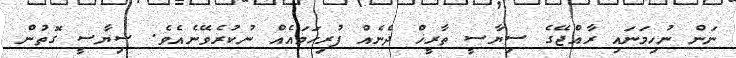
ނަން ނުހިމަނައި ރާއްޖޭގެ ސިޔާސީ ތާރީޚް ދެނެއް ފުރިހަމައެއް ނުކުރެވޭނެއެވެ. ސިޔާސީ ގޮތުން